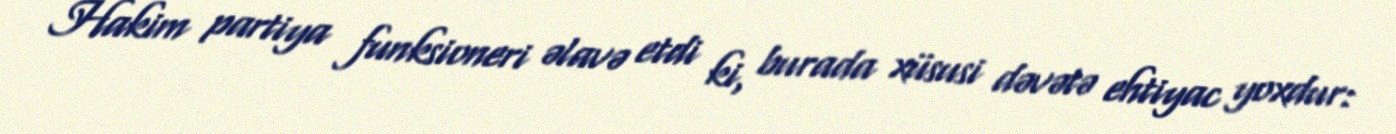
Hakim partiya funksioneri əlavə etdi ki, burada xüsusi dəvətə ehtiyac yoxdur: